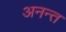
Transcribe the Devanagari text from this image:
अनन्‍त